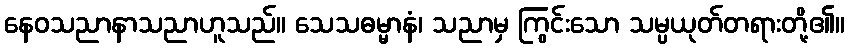
နေဝသညာနာသညာဟူသည်။ သေသဓမ္မာနံ၊ သညာမှ ကြွင်းသော သမ္ပယုတ်တရားတို့၏။